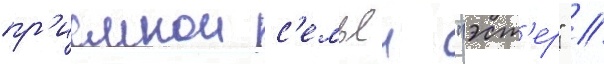
пр'иемнои с'емьеи "эст'ер" //